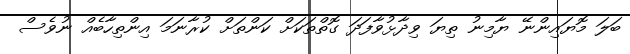
ބަލަ މޮޔައިންނޭ ޔާމިނު ތިޔަ ވިދާޅުވާފަދަ ގޮތްތަކަށް ކަންތަށް ކުރާނަމަ އިންތިހާބެއް ނުވެސް